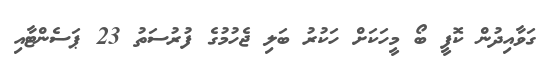
ގަވާއިދުން ކޮފީ ބޯ މީހަކަށް ހަކުރު ބަލި ޖެހުމުގެ ފުރުސަތު 23 ޕަސެންޓާއި